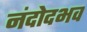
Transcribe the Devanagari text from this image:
नंदोदभव